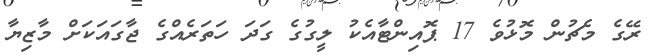
ރޭގެ މެޗުން މޮޅުވެ 17 ޕޮއިންޓާއެކު ލީގުގެ ގަދަ ހަތަރެއްގެ ޖާގައަކަށް މާޒިޔާ